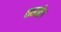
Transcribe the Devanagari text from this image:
फडके।